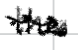
Text: the
Cross-out: wave
Writing tool: digital_black